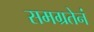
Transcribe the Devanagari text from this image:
समग्रतेनं